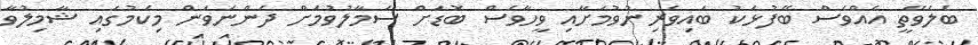
ބެލެވޭތީ އެއްވެސް ބޭފުޅަކު ބައިވެރިނުވުމަށާއި ވީހާވެސް ބޮޑަށް ސަމާލުވުމަށް ދަންނަވަން މިކަމުގައި ޝާމިލުވާ